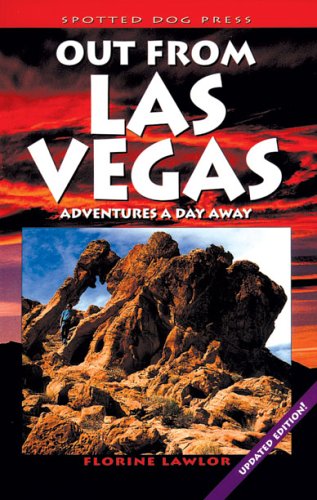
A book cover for Out from Las Vegas; Adventures a Day Away: Adventures a Day Away (More of the West); Florine Lawlor; Travel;